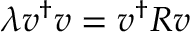
\lambda \boldsymbol { v } ^ { \dagger } \boldsymbol { v } = \boldsymbol { v } ^ { \dagger } R \boldsymbol { v }